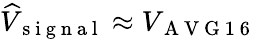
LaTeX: \widehat{V}_{\mathrm{~s~i~g~n~a~l~}}\approx V_{\mathrm{~A~V~G~1~6~}}